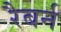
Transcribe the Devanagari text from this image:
रैबर्न